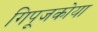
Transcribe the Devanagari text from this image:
गिपूजकोया